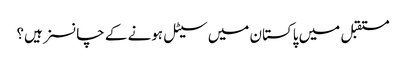
مستقبل میں پاکستان میں سیٹل ہونے کے چانسز ہیں؟